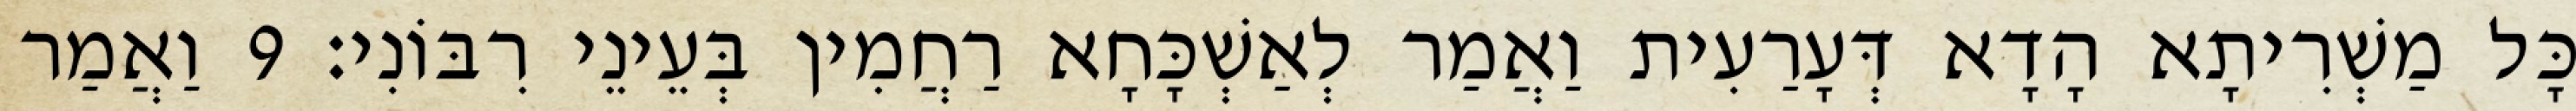
כָּל מַשְׁרִיתָא הָדָא דְּעָרַעִית וַאֲמַר לְאַשְׁכָּחָא רַחֲמִין בְּעֵינֵי רִבּוֹנִי׃ 9 וַאֲמַר